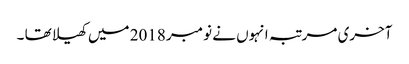
آخری مرتبہ انہوں نے نومبر 2018 میں کھیلا تھا ۔